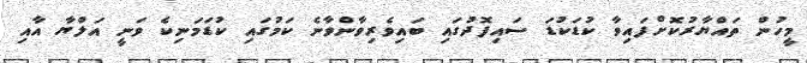
މީހުން ތައްޔާރުކޮށްފައިވާ ކުޑަކުޑަ ސައިފޮދުގައި ބައިވެރިވާންވާނެ ކަމުގައި ކުޑަމަނިކެ ވަނީ އަލްޔާ އާއި